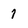
Character: 7